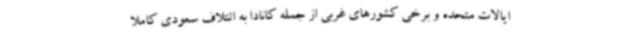
ایالات متحده و برخی کشورهای غربی از جمله کانادا به ائتلاف سعودی کاملا